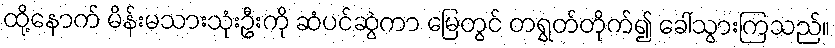
ထို့နောက် မိန်းမသားသုံးဦးကို ဆံပင်ဆွဲကာ မြေတွင် တရွတ်တိုက်၍ ခေါ်သွားကြသည်။